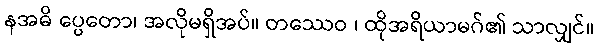
နအဓိ ပ္ပေတော၊ အလိုမရှိအပ်။ တဿေဝ ၊ ထိုအရိယာမဂ်၏ သာလျှင်။